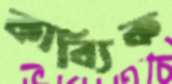
কাব্যিক